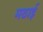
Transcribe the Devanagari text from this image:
मठाई